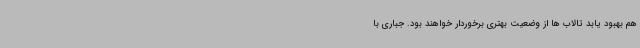
هم بهبود یابد تالاب ها از وضعیت بهتری برخوردار خواهند بود. جباری با